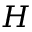
{ \boldsymbol { H } }